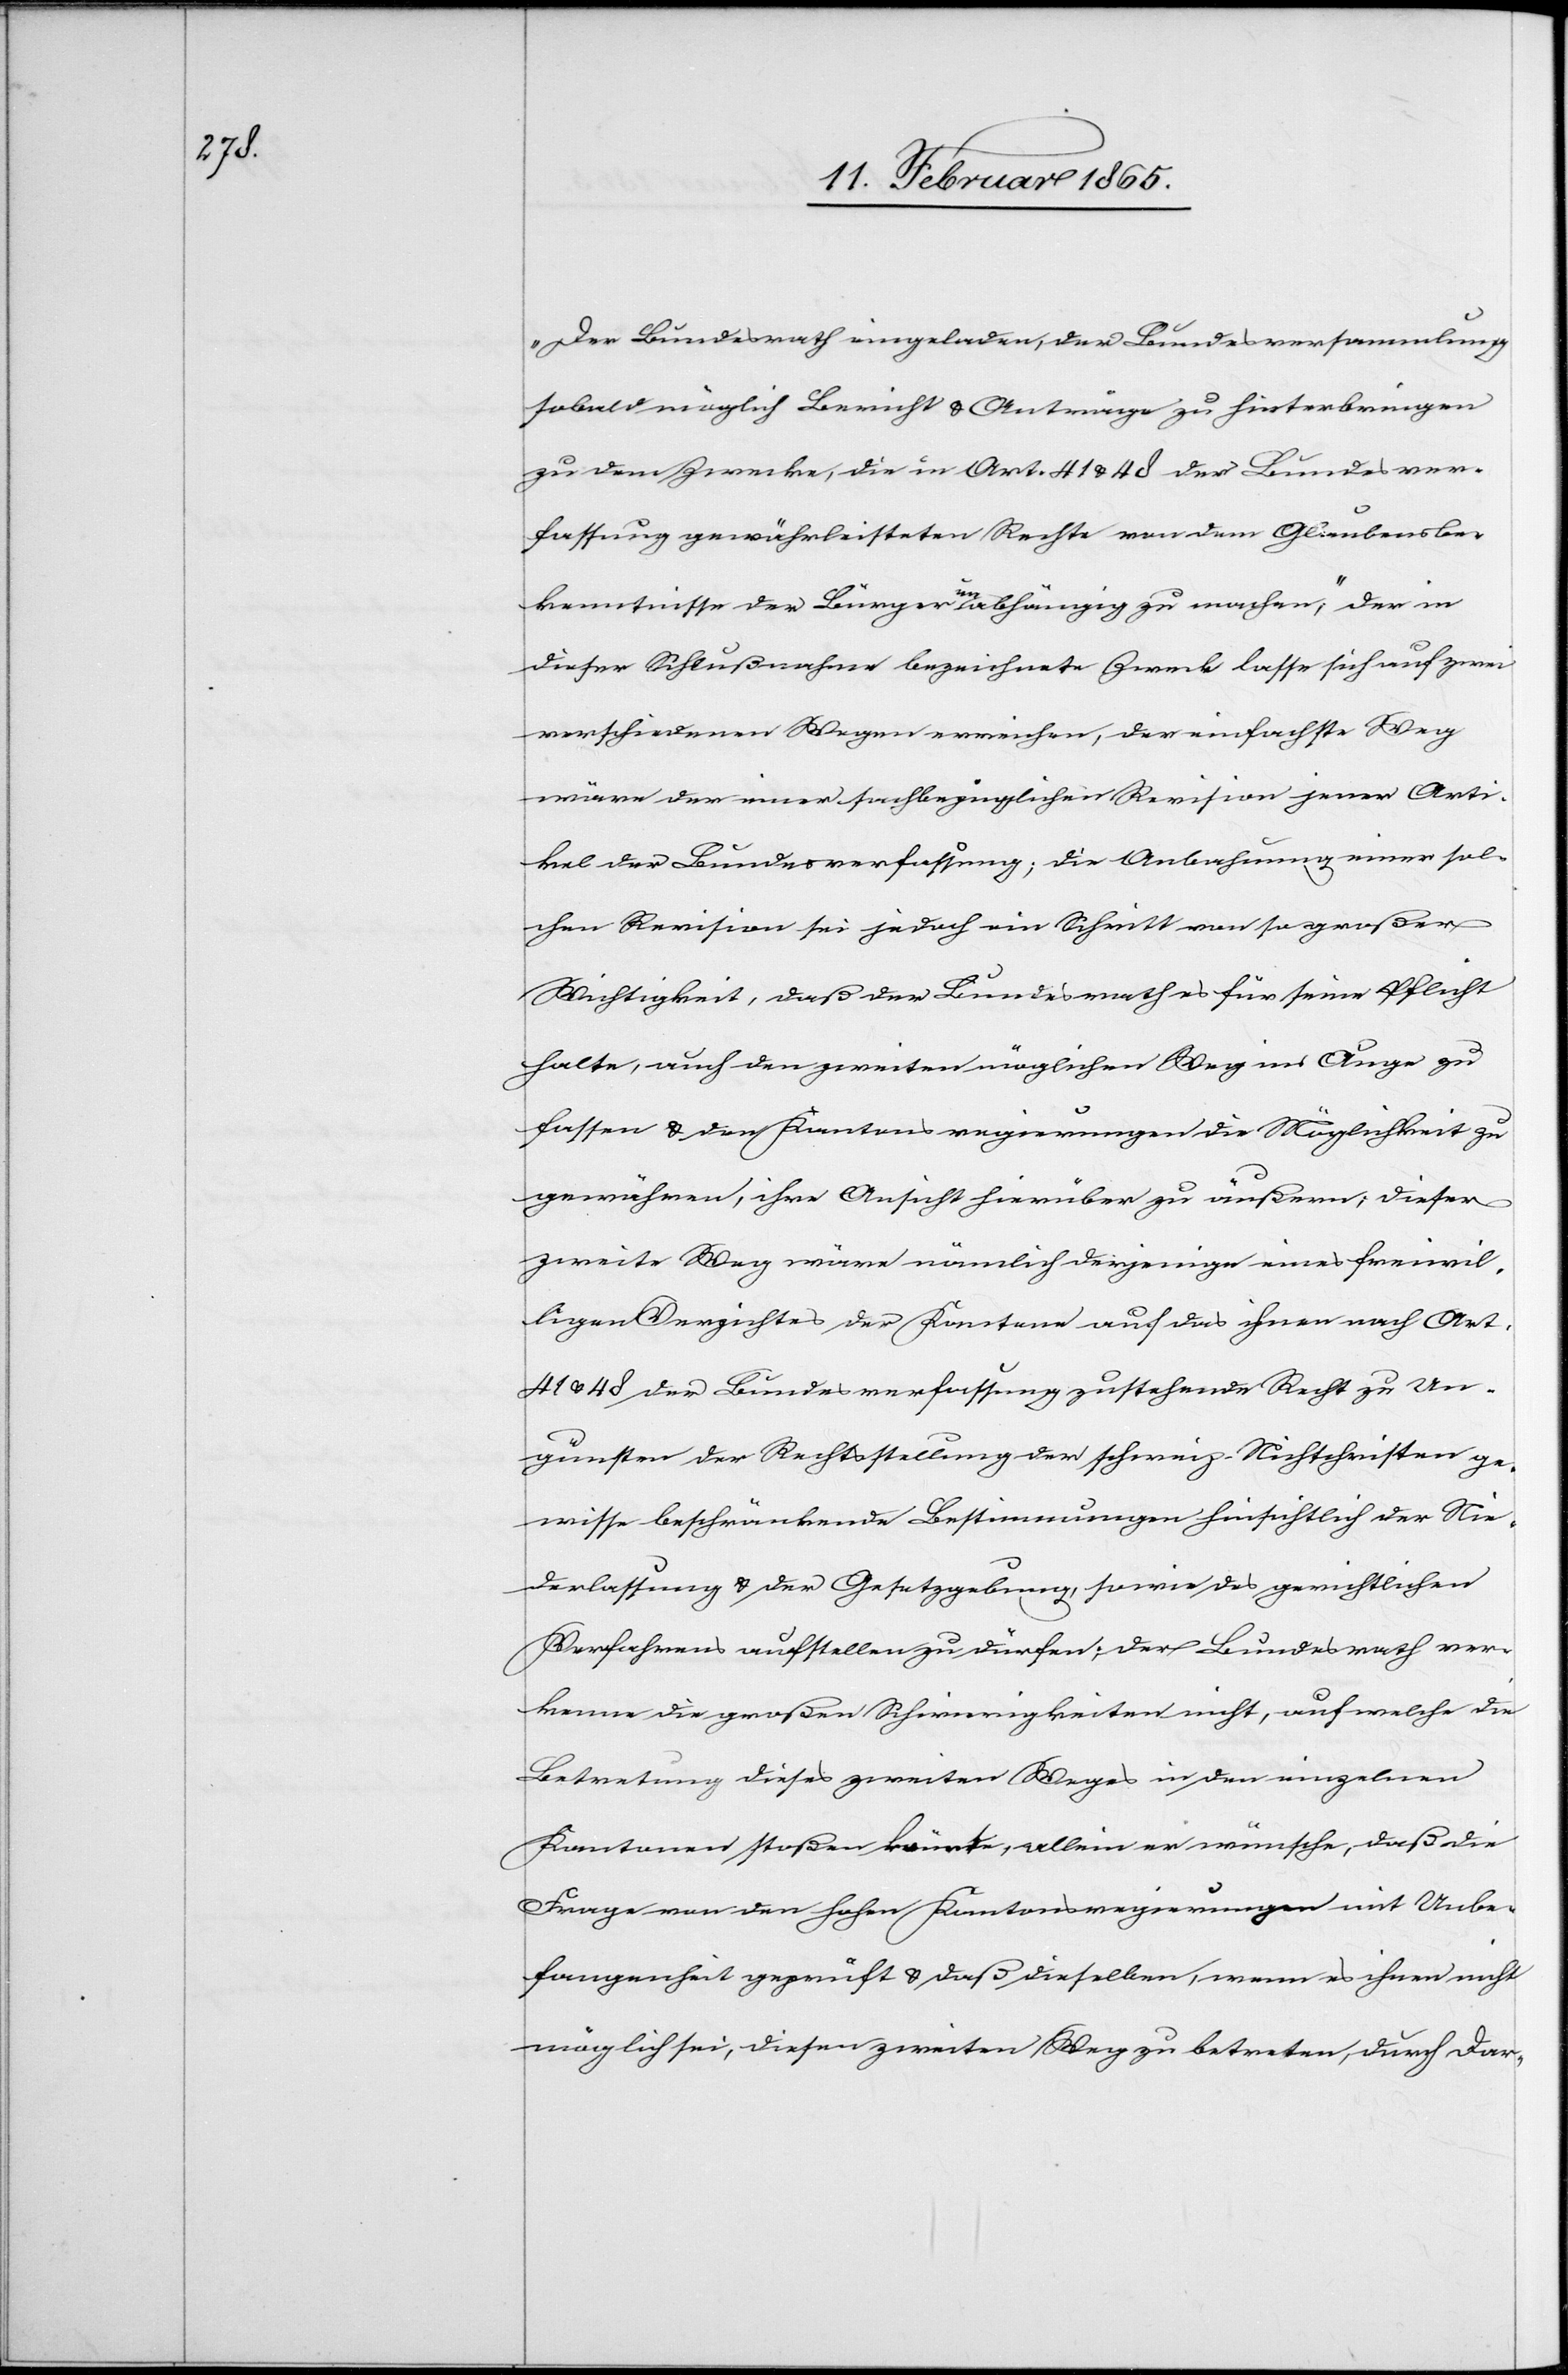
„Der Bundesrath eingeladen, der Bundesversammlung
sobald möglich Bericht u. Anträge zu hinterbringen
zu dem Zwecke, die in Art. 41 u. 48 der Bundesver¬
fassung gewährleisteten Rechte von dem Glaubensbe¬
kenntnisse der Bürger unabhängig zu machen“; der in
dieser Schlußnahme bezeichnete Zweck lasse sich auf zwei
verschiedenen Wegen erreichen, der einfachste Weg
wäre der einer sachbezüglichen Revision jener Arti¬
kel der Bundesverfassung; die Anbahnung einer sol¬
chen Revision sei jedoch ein Schritt von so großer
Wichtigkeit, daß der Bundesrath es für seine Pflicht
halte, auch den zweiten möglichen Weg ins Auge zu
fassen u. den Kantonsregierungen die Möglichkeit zu
gewähren, ihre Ansicht hierüber zu äußern; dieser
zweite Weg wäre nämlich derjenige eines freiwil¬
ligen Verzichtes der Kantone auf das ihnen nach Art.
41 u. 48 der Bundesverfassung zustehende Recht zu Un¬
gunsten der Rechtsstellung der schweiz. Nichtchristen ge¬
wisse beschränkende Bestimmungen hinsichtlich der Nie¬
derlassung u. der Gesetzgebung, sowie des gerichtlichen
Verfahrens aufstellen zu dürfen; der Bundesrath ver¬
kenne die großen Schwierigkeiten nicht, auf welche die
Betretung dieses zweiten Weges in den einzelnen
Kantonen stoßen könnte, allein er wünsche, daß die
Frage von den hohen Kantonsregierungen mit Unbe¬
fangenheit geprüft u. daß dieselben, wenn es ihnen nicht
möglich sei, diesen zweiten Weg zu betreten, durch Dar-